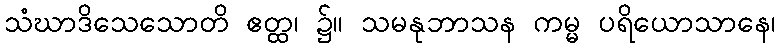
သံဃာဒိသေသောတိ ဧတ္ထ၊ ၌။ သမနုဘာသန ကမ္မ ပရိယောသာနေ၊